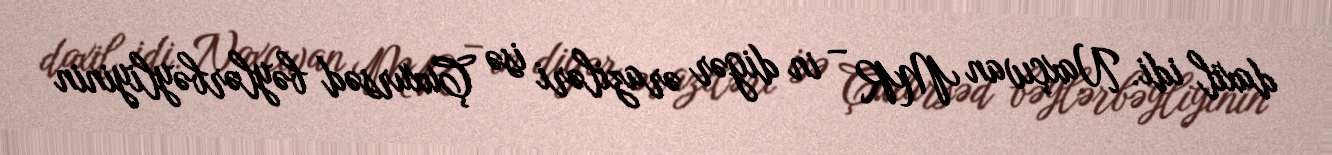
daxil idi. Naxçıvan MR – in digər əraziləri isə Çuxursəd bəylərbəyliyinin